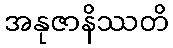
အနုဇာနိဿတိ